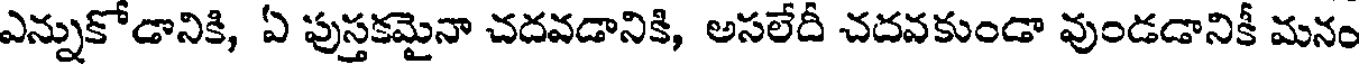
ఎన్నుకోడానికి, ఏ పుస్తకమైనా చదవడానికి, అసలేదీ చదవకుండా వుండడానికీ మనం